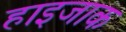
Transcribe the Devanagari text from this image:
हाइजाक